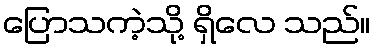
ပြောသကဲ့သို့ ရှိလေ သည်။